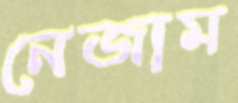
নেজাম